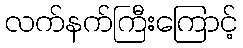
လက်နက်ကြီးကြောင့်